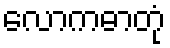
လောကဓာတုံ